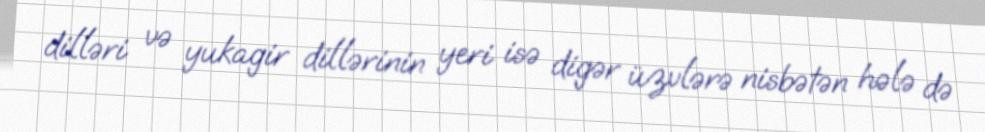
dilləri və yukagir dillərinin yeri isə digər üzvlərə nisbətən hələ də